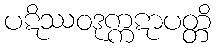
ပဋိဿဝဒုက္ကဋာပတ္တိ